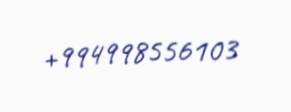
+994998556103